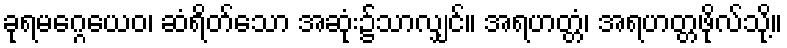
ခုရမဂ္ဂေယေဝ၊ ဆံရိတ်သော အဆုံး၌သာလျှင်။ အရဟတ္တံ၊ အရဟတ္တဖိုလ်သို့။